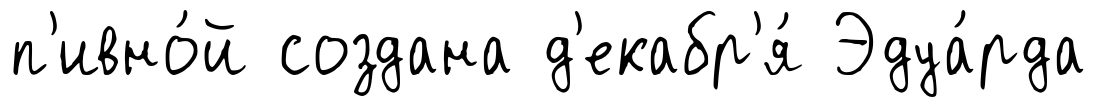
п'ивно́й создана д'екабр'я́ Эдуа́рда